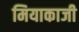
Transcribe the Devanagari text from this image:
मियाकाजी